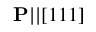
\mathbf { P } | | [ 1 1 1 ]